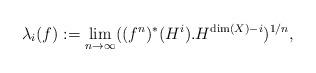
LaTeX: \begin{align*}\lambda _i(f):=\lim _{n\rightarrow\infty}((f^n)^*(H^i).H^{\dim (X)-i})^{1/n},\end{align*}